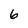
Character: 6